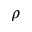
\rho